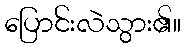
ပြောင်းလဲသွား၏။